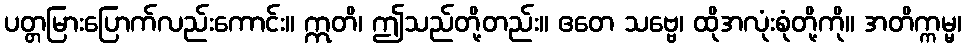
ပတ္တမြားပြောက်လည်းကောင်း။ ဣတိ၊ ဤသည်တို့တည်း။ ဧတေ သဗ္ဗေ၊ ထိုအလုံးစုံတို့ကို။ အတိက္ကမ္မ၊